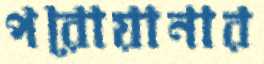
পরোয়ানার